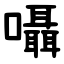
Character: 囁